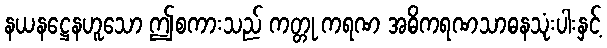
နယနဋ္ဌေနဟူသော ဤစကားသည် ကတ္တု ကရဏ အဓိကရဏသာဓနသုံးပါးနှင့်